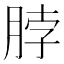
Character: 脖